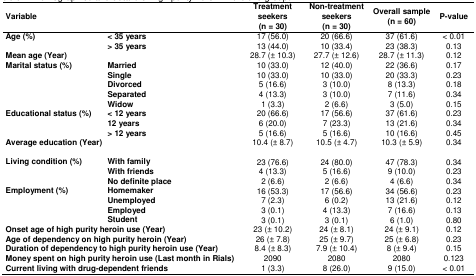
<table><thead><tr><td colspan="2"><b>Variable</b></td><td><b>Treatment seekers(n = 30)</b></td><td><b>Non-treatment seekers(n = 30)</b></td><td><b>Overall sample(n = 60)</b></td><td><b>P-value</b></td></tr></thead><tbody><tr><td rowspan="2"><b>Age (%)</b></td><td><b>&lt; 35 years</b></td><td>17 (56.0)</td><td>20 (66.6)</td><td>37 (61.6)</td><td>&lt; 0.01</td></tr><tr><td><b>&gt; 35 years</b></td><td>13 (44.0)</td><td>10 (33.4)</td><td>23 (38.3)</td><td>0.13</td></tr><tr><td colspan="2"><b>Mean age (Year)</b></td><td>28.7 (± 10.3)</td><td>27.7 (± 12.6)</td><td>28.7 (± 11.3)</td><td>0.12</td></tr><tr><td rowspan="5"><b>Marital status (%)</b></td><td><b>Married</b></td><td>10 (33.0)</td><td>12 (40.0)</td><td>22 (36.6)</td><td>0.17</td></tr><tr><td><b>Single</b></td><td>10 (33.0)</td><td>10 (33.0)</td><td>20 (33.3)</td><td>0.23</td></tr><tr><td><b>Divorced</b></td><td>5 (16.6)</td><td>3 (10.0)</td><td>8 (13.3)</td><td>0.18</td></tr><tr><td><b>Separated</b></td><td>4 (13.3)</td><td>3 (10.0)</td><td>7 (11.6)</td><td>0.34</td></tr><tr><td><b>Widow</b></td><td>1 (3.3)</td><td>2 (6.6)</td><td>3 (5.0)</td><td>0.15</td></tr><tr><td rowspan="3"><b>Educational status (%)</b></td><td><b>&lt; 12 years</b></td><td>20 (66.6)</td><td>17 (56.6)</td><td>37 (61.6)</td><td>0.23</td></tr><tr><td><b>12 years</b></td><td>6 (20.0)</td><td>7 (23.3)</td><td>13 (21.6)</td><td>0.34</td></tr><tr><td><b>&gt; 12 years</b></td><td>5 (16.6)</td><td>5 (16.6)</td><td>10 (16.6)</td><td>0.45</td></tr><tr><td colspan="2"><b>Average education (Year)</b></td><td>10.4 (± 8.7)</td><td>10.5 (± 4.7)</td><td>10.3 (± 5.9)</td><td>0.34</td></tr><tr><td rowspan="3"><b>Living condition (%)</b></td><td><b>With family</b></td><td>23 (76.6)</td><td>24 (80.0)</td><td>47 (78.3)</td><td>0.34</td></tr><tr><td><b>With friends</b></td><td>4 (13.3)</td><td>5 (16.6)</td><td>9 (10.0)</td><td>0.23</td></tr><tr><td><b>No definite place</b></td><td>2 (6.6)</td><td>2 (6.6)</td><td>4 (6.6)</td><td>0.34</td></tr><tr><td rowspan="4"><b>Employment (%)</b></td><td><b>Homemaker</b></td><td>16 (53.3)</td><td>17 (56.6)</td><td>34 (56.6)</td><td>0.23</td></tr><tr><td><b>Unemployed</b></td><td>7 (2.3)</td><td>6 (0.2)</td><td>13 (21.6)</td><td>0.12</td></tr><tr><td><b>Employed</b></td><td>3 (0.1)</td><td>4 (13.3)</td><td>7 (16.6)</td><td>0.13</td></tr><tr><td><b>Student</b></td><td>3 (0.1)</td><td>3 (0.1)</td><td>6 (1.0)</td><td>0.80</td></tr><tr><td colspan="2"><b>Onset age of high purity heroin use (Year)</b></td><td>23 (± 10.2)</td><td>24 (± 8.1)</td><td>24 (± 9.1)</td><td>0.12</td></tr><tr><td colspan="2"><b>Age of dependency on high purity heroin (Year)</b></td><td>26 (± 7.8)</td><td>25 (± 9.7)</td><td>25 (± 6.8)</td><td>0.23</td></tr><tr><td colspan="2"><b>Duration of dependency to high purity heroin use (Year)</b></td><td>8.4 (± 8.3)</td><td>7.9 (± 10.4)</td><td>8 (± 9.4)</td><td>0.15</td></tr><tr><td colspan="2"><b>Money spent on high purity heroin use (Last month in Rials)</b></td><td>2090</td><td>2080</td><td>2080</td><td>0.123</td></tr><tr><td colspan="2"><b>Current living with drug-dependent friends</b></td><td>1 (3.3)</td><td>8 (26.0)</td><td>9 (15.0)</td><td>&lt; 0.01</td></tr></tbody></table>